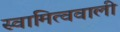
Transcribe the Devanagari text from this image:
स्वामित्ववाली